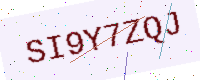
Text: SI9Y7ZQJ